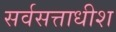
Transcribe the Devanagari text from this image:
सर्वसत्ताधीश